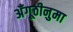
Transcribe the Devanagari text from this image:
अँगूठीनुमा